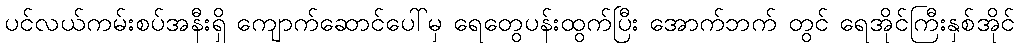
ပင်လယ်ကမ်းစပ်အနီးရှိ ကျောက်ဆောင်ပေါ်မှ ရေတွေပန်းထွက်ပြီး အောက်ဘက် တွင် ရေအိုင်ကြီးနှစ်အိုင်